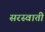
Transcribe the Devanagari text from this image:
सरस्वाती